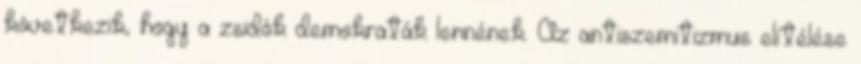
következik, hogy a zsidók demokraták lennének. Az antiszemitizmus elítélése